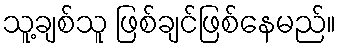
သူ့ချစ်သူ ဖြစ်ချင်ဖြစ်နေမည်။